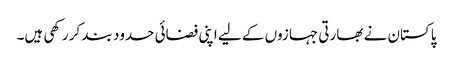
پاکستان نے بھارتی جہازوں کے لیے اپنی فضائی حدود بند کر رکھی ہیں۔